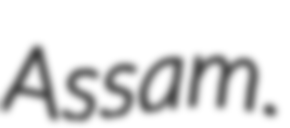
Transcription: Assam.